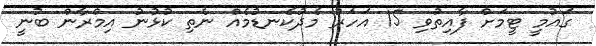
ގައުމީ ޓީމަށް ފާއިތުވި 15 އަހަރު މެދުކެނޑުމެއް ނެތި ކުޅުނު އިމްރާން ބުނީ